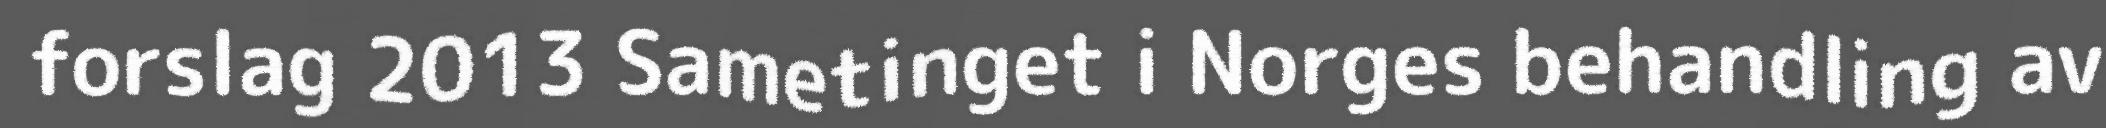
forslag 2013 Sametinget i Norges behandling av